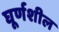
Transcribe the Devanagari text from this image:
घूर्णशील